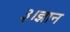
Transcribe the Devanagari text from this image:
३।ज्ञान